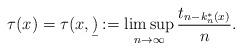
LaTeX: \begin{align*}\tau(x) = \tau(x,\b):=\limsup_{n \rightarrow\infty}\frac{t_{n-k_n^\ast(x)}}{n}.\end{align*}